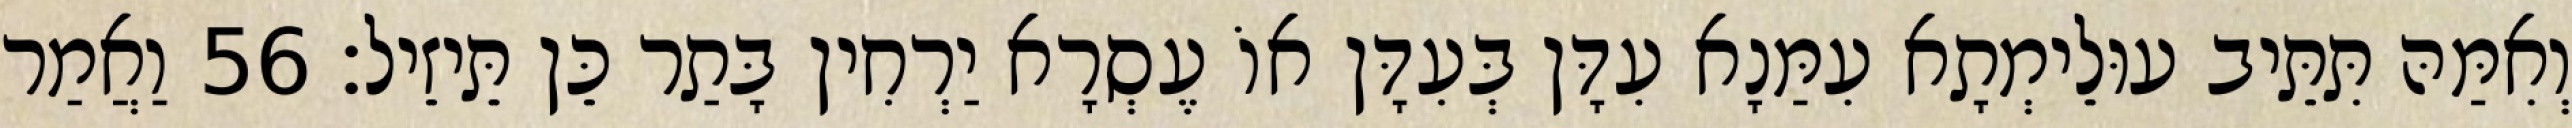
וְאִמַּהּ תִּתֵּיב עוּלֵימְתָא עִמַּנָא עִדָּן בְּעִדָּן אוֹ עֶסְרָא יַרְחִין בָּתַר כֵּן תֵּיזֵיל׃ 56 וַאֲמַר